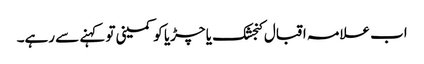
اب علامہ اقبال کنجشک یا چڑیا کو کمینی تو کہنے سے رہے۔